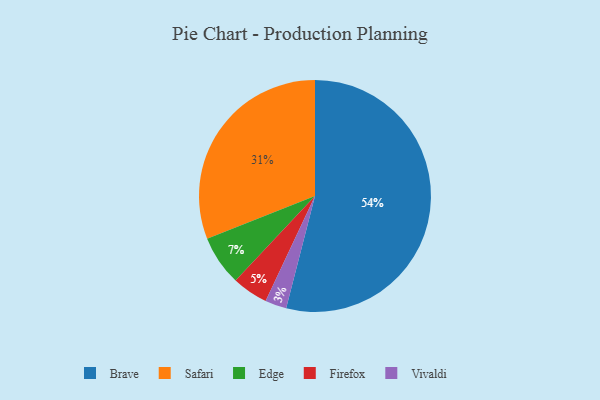
{"axis": {"x": "Category", "y": "Percentage"}, "legend": ["Brave", "Edge", "Firefox", "Safari", "Vivaldi"], "data": [{"x": "Edge", "y": 7, "type": "Edge"}, {"x": "Brave", "y": 54, "type": "Brave"}, {"x": "Firefox", "y": 5, "type": "Firefox"}, {"x": "Safari", "y": 31, "type": "Safari"}, {"x": "Vivaldi", "y": 3, "type": "Vivaldi"}]}